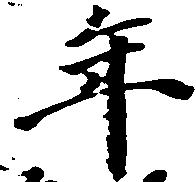
年